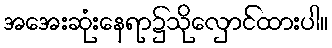
အအေးဆုံးနေရာ၌သိုလှောင်ထားပါ။